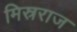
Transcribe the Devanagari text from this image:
मिस्रराज